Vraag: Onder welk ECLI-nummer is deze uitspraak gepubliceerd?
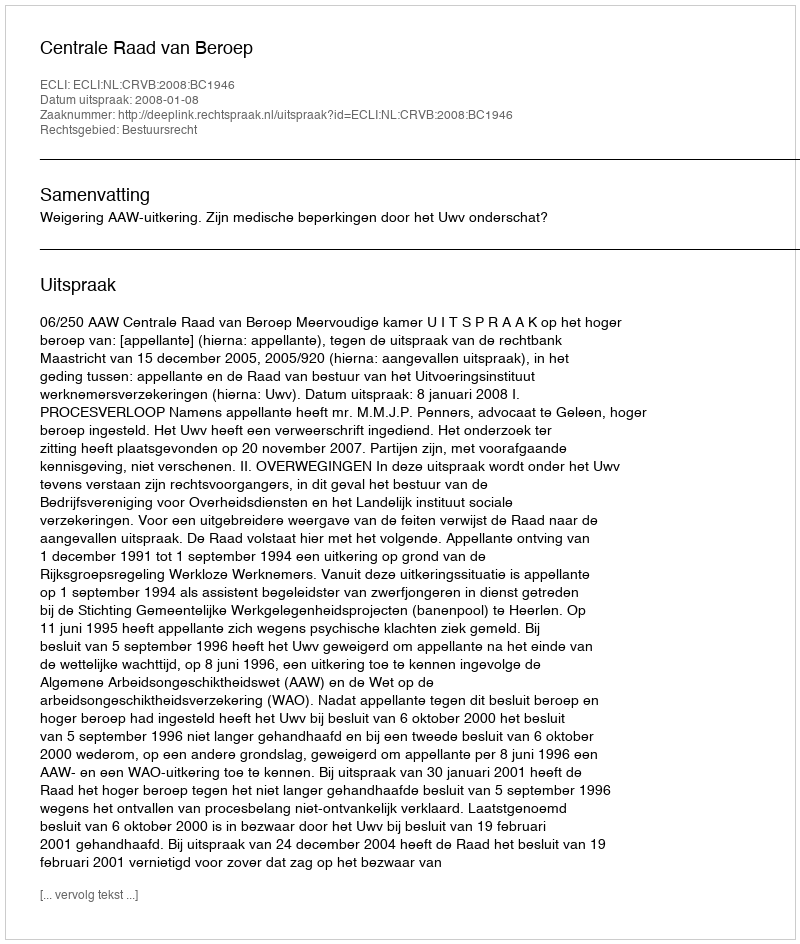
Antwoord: ECLI:NL:CRVB:2008:BC1946